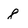
Character: 8